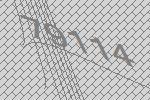
79114